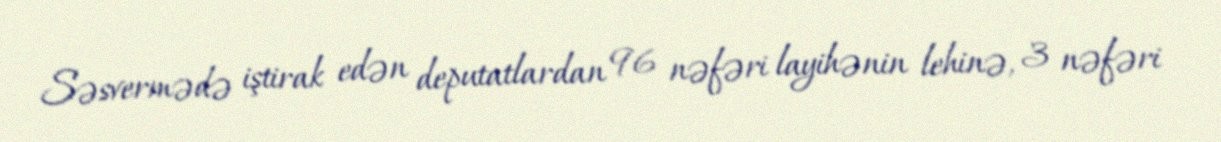
Səsvermədə iştirak edən deputatlardan 96 nəfəri layihənin lehinə, 3 nəfəri